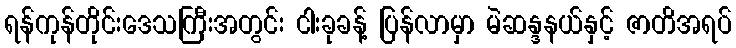
ရန်ကုန်တိုင်းဒေသကြီးအတွင်း ငါးခုခန့် ပြန်လာမှာ မဲဆန္ဒနယ်နှင့် ဇာတိအရပ်